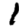
Digit: 1